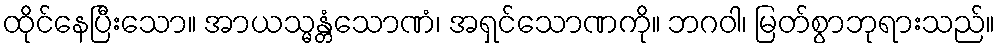
ထိုင်နေပြီးသော။ အာယသ္မန္တံသောဏံ၊ အရှင်သောဏကို။ ဘဂဝါ၊ မြတ်စွာဘုရားသည်။